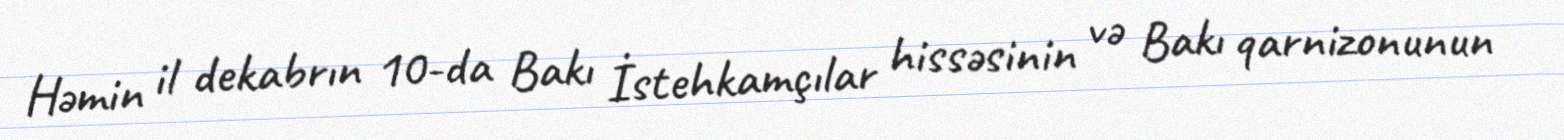
Həmin il dekabrın 10-da Bakı İstehkamçılar hissəsinin və Bakı qarnizonunun